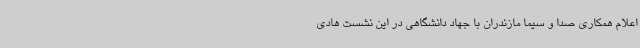
اعلام همکاری صدا و سیما مازندران با جهاد دانشگاهی در این نشست هادی